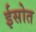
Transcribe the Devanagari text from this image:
ईसोत